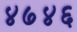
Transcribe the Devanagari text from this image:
४७४६